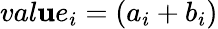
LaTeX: val\mathbf{u}e_{i}=(a_{i}+b_{i})